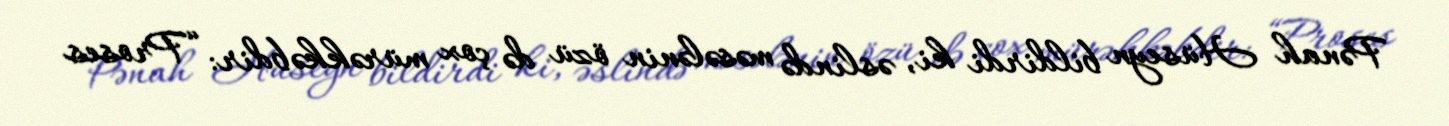
Pənah Hüseyn bildirdi ki, əslində məsələnin özü də çox mürəkkəbdir: “Proses